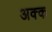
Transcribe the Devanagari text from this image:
अक्क